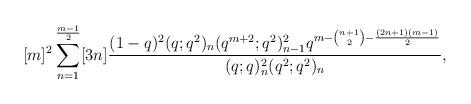
LaTeX: \begin{align*}[m]^2\sum_{n=1}^{\frac{m-1}{2}}[3n]\frac{(1-q)^2(q;q^2)_{n}(q^{m+2};q^2)_{n-1}^2 q^{m-{n+1\choose 2}-\frac{(2n+1)(m-1)}{2}} }{(q;q)_{n}^2 (q^2;q^2)_{n}},\end{align*}